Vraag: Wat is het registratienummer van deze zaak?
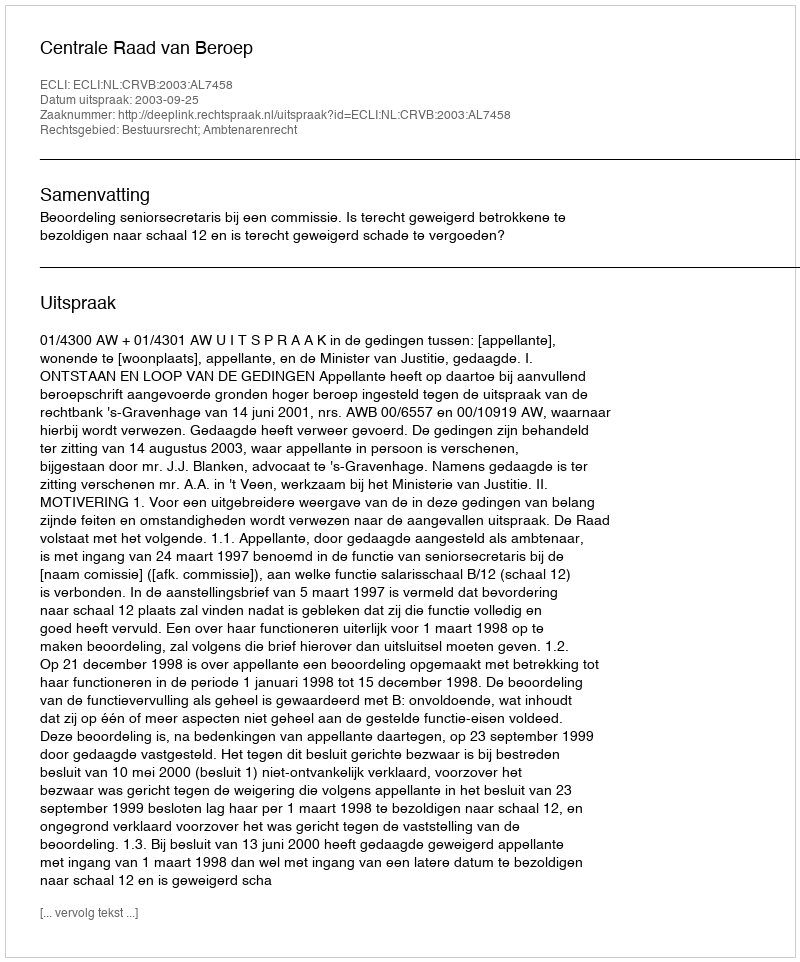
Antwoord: http://deeplink.rechtspraak.nl/uitspraak?id=ECLI:NL:CRVB:2003:AL7458